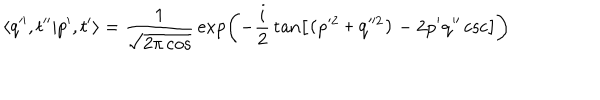
LaTeX: \langle q ^ { \prime \prime } , t ^ { \prime \prime } | p ^ { \prime } , t ^ { \prime } \rangle = { \frac { 1 } { \sqrt { 2 \pi \cos \tt } } } \exp \left( - { \frac { i } { 2 } } \tan \tt \left[ ( p ^ { 2 } + q ^ { 2 } ) - 2 p ^ { \prime } q ^ { \prime \prime } \csc \tt \right] \right)